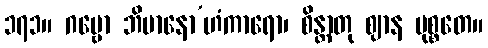
၁၇၁။ ဂဗ္ဗော ဘိမာနော’ဟံကာရော၊ စိန္တာတု ဈာန မုစ္စတေ။